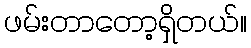
ဖမ်းတာတော့ရှိတယ်။